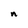
Character: n